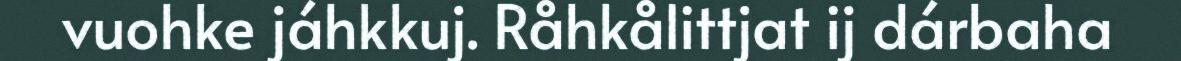
vuohke jáhkkuj. Råhkålittjat ij dárbaha